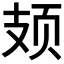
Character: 𫠆